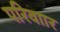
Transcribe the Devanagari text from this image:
परिवाार